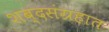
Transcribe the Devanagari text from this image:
शब्दसंग्रहात